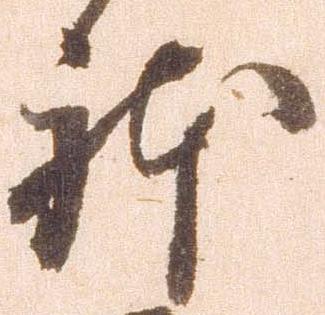
体